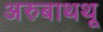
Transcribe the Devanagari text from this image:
अरुबाथथू